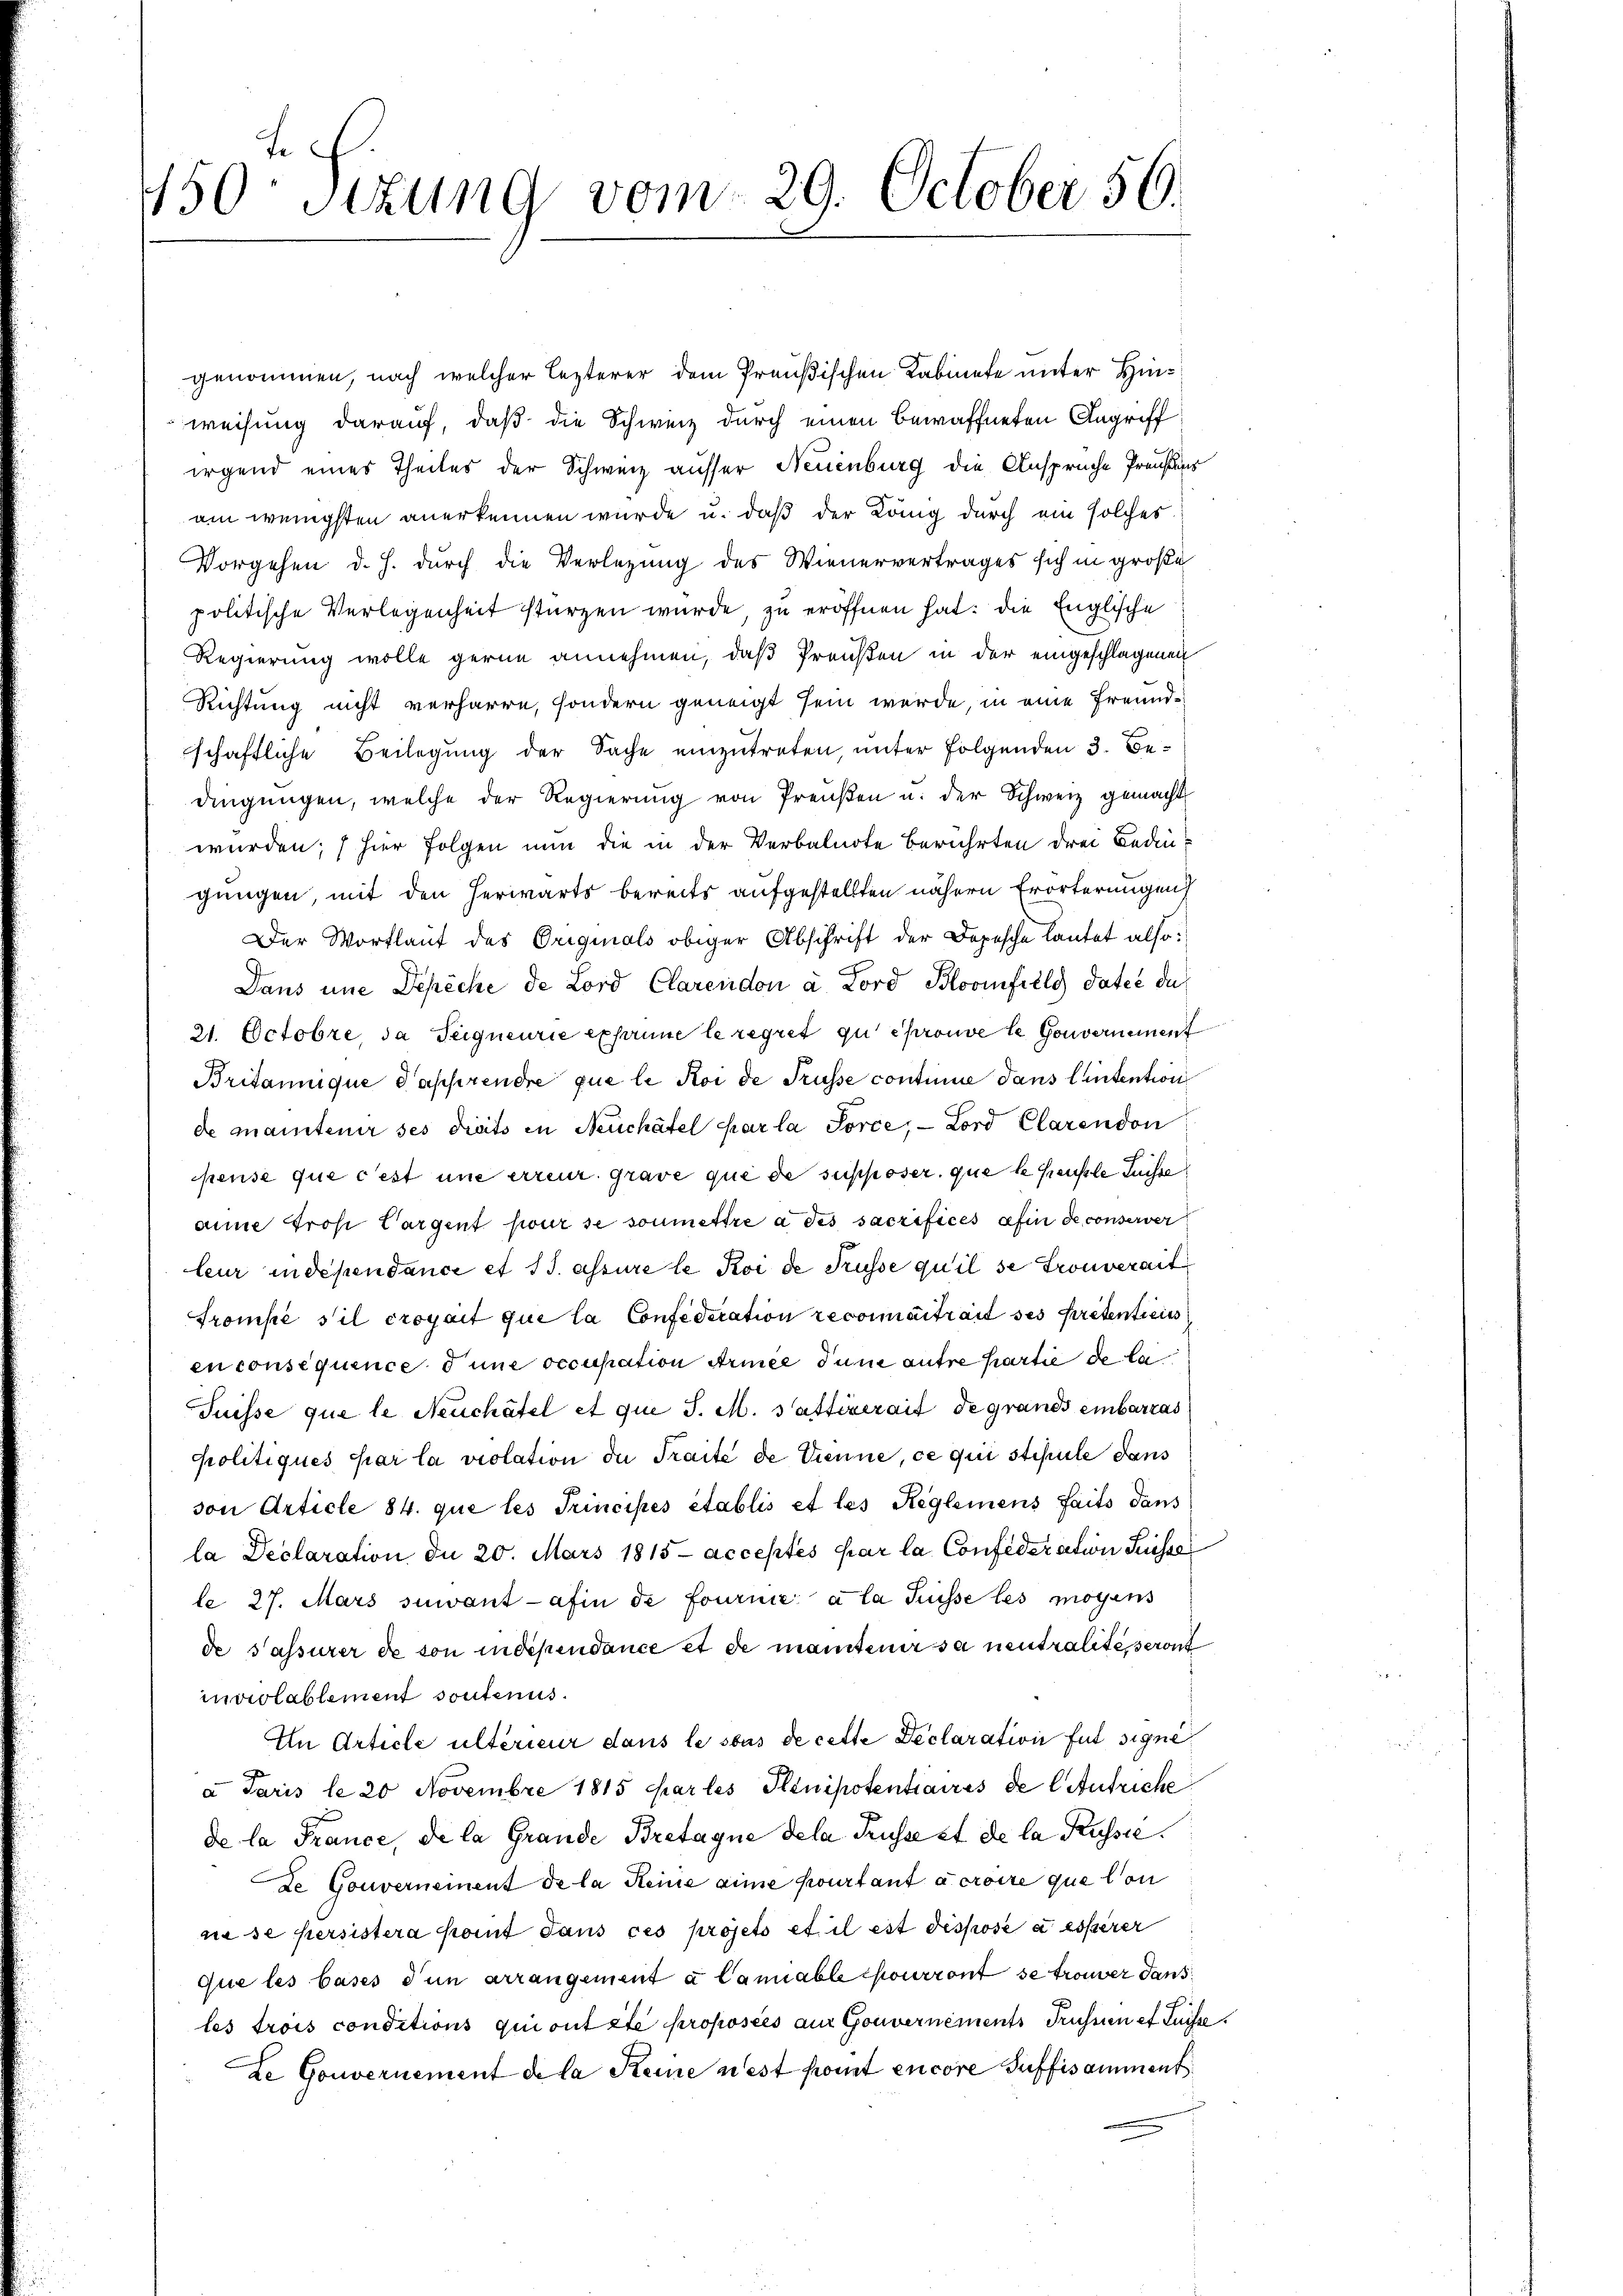
450. Sizung vom 29. October 56.

genommen, nach welcher lezterer dem Preußischen Kabinete unter Hinweisung darauf, daß die Schweiz durch einen bewaffneten Angriff
irgend eines Theiles der Schweiz ausser Neuenburg die Ansprüche Preußens
am wenigsten anerkennen wurde u. daß der Köng durch ein solches
Vorgehen d. h. durch die Verlegung des Wienervertrages sich in große
politische Verlegenheit stürzen wurde, zu eröffnen hat: die Englische
Regierung wolle gerne annehmen, daß Preußen in der eingeschlagenen
Richtung nicht verharre, sondern geneigt sein werde, in eine Freundschaftliche Beilegung der Sache einzutreten, unter folgenden 3. Bedingungen, welche der Regierŭng von Preŭβen u. der Schweiz gemacht
wurden; hier Folgen nun die in der Verbalnote berührten drei Bedingungen, mit den herwärts bereits aufgestellten nähern Erörterungen
Der Wortlaut des Originals obiger Abschrift der Depesche lautet also
Daus une Depeche de Lord Clarendon a. Lord Blovinfiele Pateć du
21. Octobre, da Teigneurie exprime le regret qu éprouve le Gouvernement
Britannique d’apprendre que le Koi de Trüsse continue dans lintention
de mantener ses dreits in Neuchâtel par la force, — Lord Clarendon
pense que cest une erreur grave que de supposer, que k. Heusle Suisse
anne frosi Cargent pour se soumettre à des sacrifices afin de conserver
leur independance et 13. assure le Koi de Trüsse qu’il se trouverait
Trompe sil croyait que la Confederation reconnaitrait ses Pretenticis
en consequence d une occupation Armee dum autre partie de la
Suisse que le Neuchâtel et qui J. M. Sattiverait de grands einbarras
politiques par la violation de Traite de Trenne, ce qui stipule dans
von Article 84. qui les Trincipés établis et les Reglemens faits dans
la Declaration du 20. Mars 1815 acceptés par la Confederation Suissa
le 27. Mars suivant afin de fournie a la Suisse les mögens
de Passurer de son independance et de mantenir sa neutralitesseront
mniolablement sontenus.
In Article ultérieur dans le sous de cette Declaration für signe
a Jaris le 20 Novembre 1815 Karles Plinipotentiaires de l Antriche
de la France, de la Grande Bretagne dela Trüsse et de la Russie
de Gouverneinent de la Reine eine pourtant à croire que lon
ne se persistera komt dans ces projets et il est dispose à esserer
que les bases den arrangement à Canable pourront se trouver dans
les trois conditions qui ont été proposées aus Gouvernements Trüssen et Luise
de Gouvernement de la Reine nest komt encore suffisamment

E